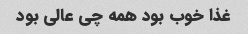
غذا خوب بود همه چی عالی بود